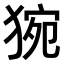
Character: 𤟊